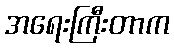
အရေးကြီးတာက